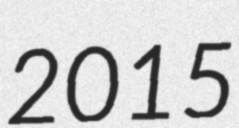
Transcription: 2015